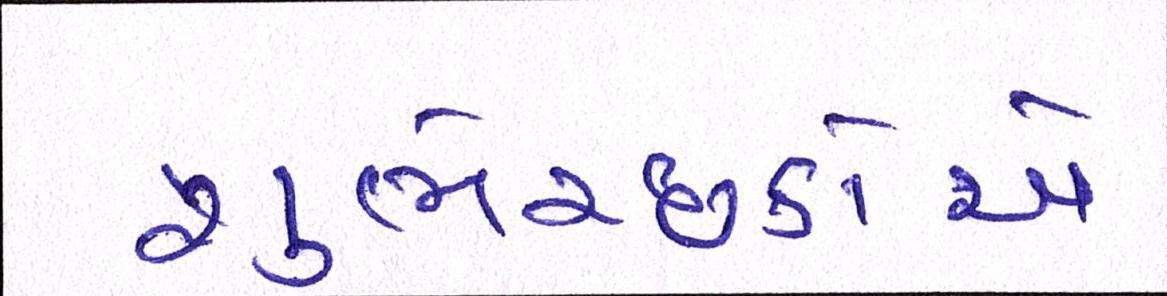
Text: શુભેચ્છકોએ